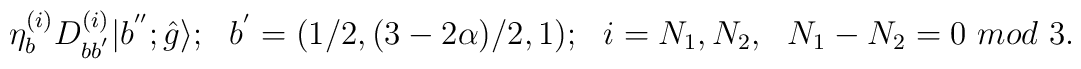
{\eta}^{(i)}_{b}D^{(i)}_{bb^{'}}|b^{''};\hat{g}\rangle;\ \ b^{'}=(1/2,(3-2\alpha)/2,1);\ \  i=N_1,N_2,\ \ N_1-N_2=0 ~mod\,\,3.